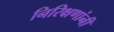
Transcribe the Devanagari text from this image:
निरिक्षणांनी